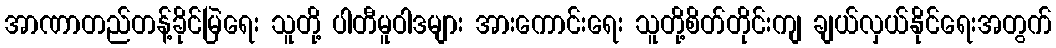
အာဏာတည်တန့်ခိုင်မြဲရေး သူတို့ ပါတီမူဝါဒများ အားကောင်းရေး သူတို့စိတ်တိုင်းကျ ချယ်လှယ်နိုင်ရေးအတွက်